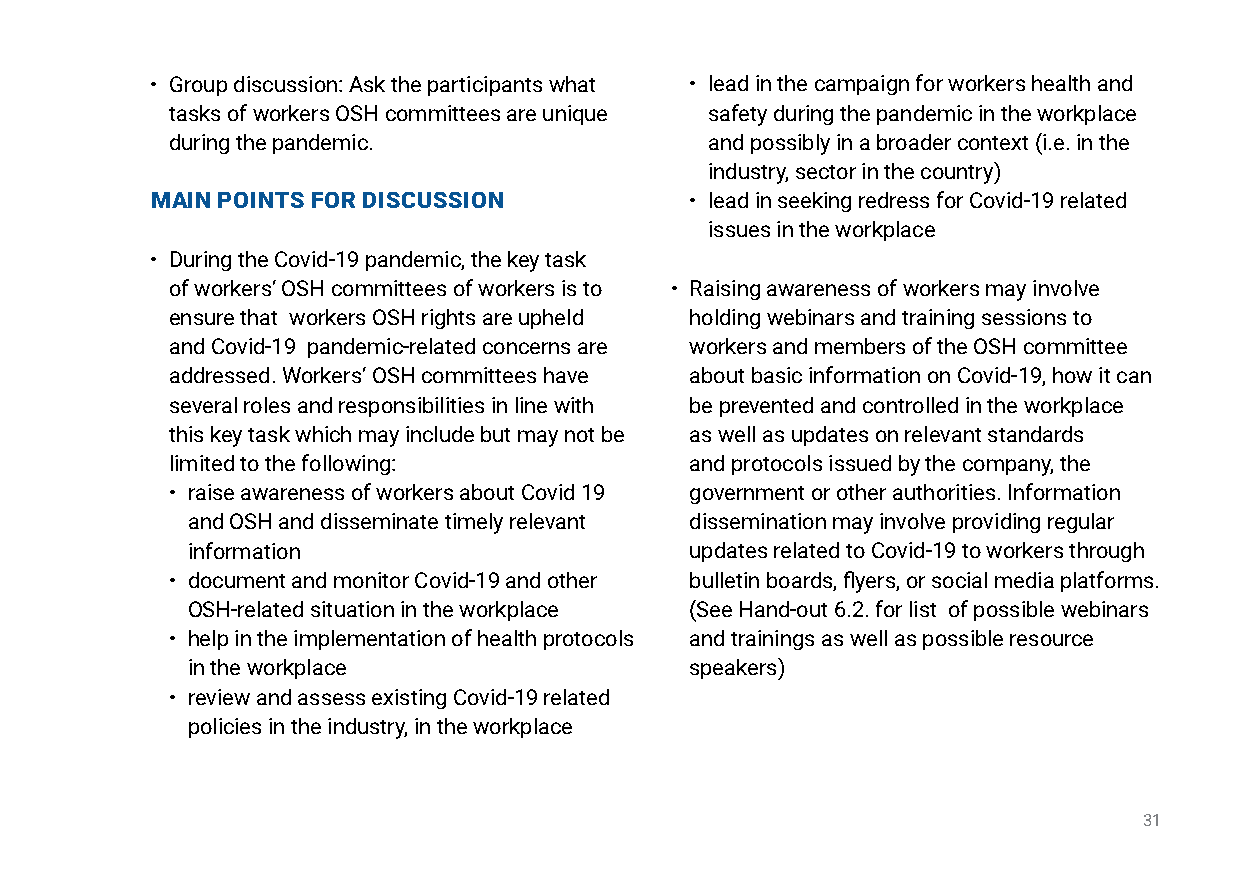
• Group discussion: Ask the participants what • lead in the campaign for workers health and
 tasks of workers OSH committees are unique safety during the pandemic in the workplace
 during the pandemic.                and possibly in a broader context (i.e. in the
 industry, sector in the country)
 main pointS for diSCuSSion          • lead in seeking redress for Covid-19 related
 issues in the workplace
 • During the Covid-19 pandemic, the key task
 of workers’ OSH committees of workers is to • Raising awareness of workers may involve
 ensure that workers OSH rights are upheld holding webinars and training sessions to
 and Covid-19 pandemic-related concerns are workers and members of the OSH committee
 addressed. Workers’ OSH committees have about basic information on Covid-19, how it can
 several roles and responsibilities in line with be prevented and controlled in the workplace
 this key task which may include but may not be as well as updates on relevant standards
 limited to the following:          and protocols issued by the company, the
 • raise awareness of workers about Covid 19 government or other authorities. Information
 and OSH and disseminate timely relevant dissemination may involve providing regular
 information                       updates related to Covid-19 to workers through
 • document and monitor Covid-19 and other bulletin boards, flyers, or social media platforms.
 OSH-related situation in the workplace (See Hand-out 6.2. for list of possible webinars
 • help in the implementation of health protocols and trainings as well as possible resource
 in the workplace                  speakers)
 • review and assess existing Covid-19 related
 policies in the industry, in the workplace
 31